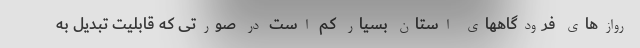
روازهای فرودگاههای استان بسیار کم است در صورتی که قابلیت تبدیل به